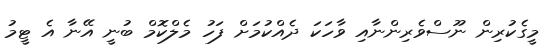
މީގެކުރިން ނޫސްވެރިންނާއި ވާހަކަ ދެއްކުމަށް ފަހު މެލްކޮމް ބުނީ އޭނާ އެ ޓީމު